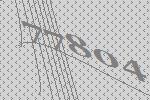
77804